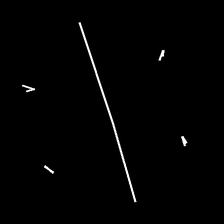
Glyph: cool